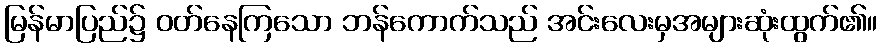
မြန်မာပြည်၌ ဝတ်နေကြသော ဘန်ကောက်သည် အင်းလေးမှအများဆုံးထွက်၏။